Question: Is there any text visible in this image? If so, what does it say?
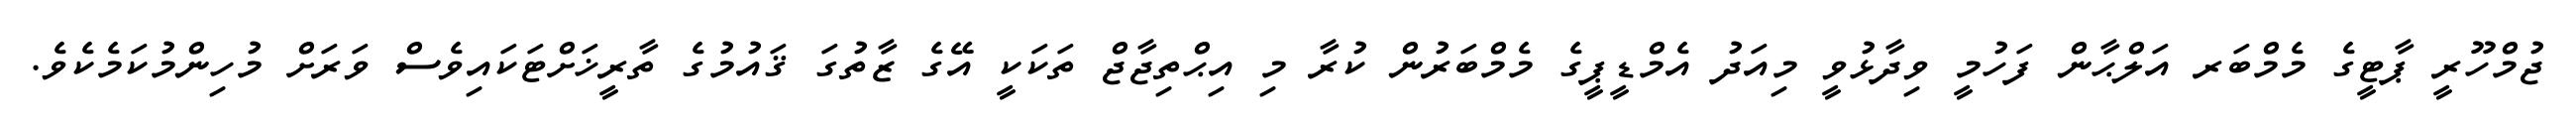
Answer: ޖުމްހޫރީ ޕާޓީގެ މެމްބަރ އަލްޙާން ފަހުމީ ވިދާޅުވީ މިއަދު އެމްޑީޕީގެ މެމްބަރުން ކުރާ މި އިޙްތިޖާޖް ތަކަކީ އޭގެ ޒާތުގަ ޤައުމުގެ ތާރީޚަށްޓަކައިވެސް ވަރަށް މުހިންމުކަމެކެވެ.